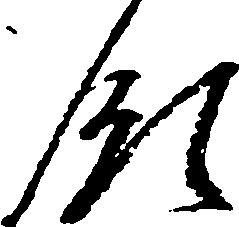
領